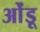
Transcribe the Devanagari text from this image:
ओंडू